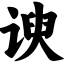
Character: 谀